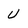
Character: U